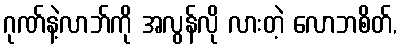
ဂုဏ်နဲ့လာဘ်ကို အလွန်လို လားတဲ့ လောဘစိတ်,